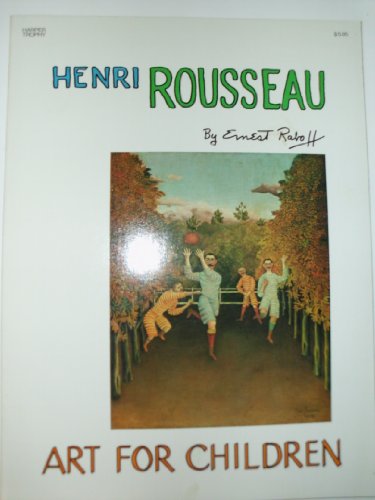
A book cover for Henri Rousseau: Art for Children; Ernest Lloyd Raboff; Teen & Young Adult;